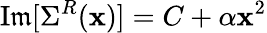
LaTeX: \operatorname{I\mathfrak{m}}[\Sigma^{R}(\mathbf{x})]=C+\alpha\mathbf{x}^{2}